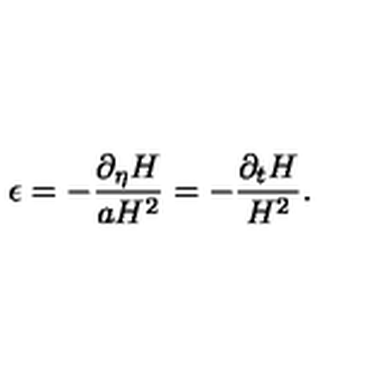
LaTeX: \epsilon = - \frac { \partial _ { \eta } H } { a H ^ { 2 } } = - \frac { \partial _ { t } H } { H ^ { 2 } } .